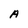
Character: A